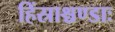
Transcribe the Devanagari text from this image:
हिंस्राश्चण्डाः